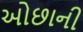
ઓછાની